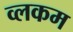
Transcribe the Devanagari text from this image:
व्लकम